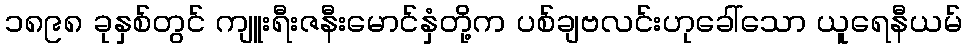
၁၈၉၈ ခုနှစ်တွင် ကျူးရီးဇနီးမောင်နှံတို့က ပစ်ချဗလင်းဟုခေါ်သော ယူရေနီယမ်